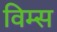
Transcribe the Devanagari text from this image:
विम्स